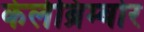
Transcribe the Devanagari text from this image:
केलेब्रिम्बोर